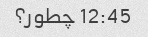
12:45 چطور؟